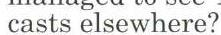
casts elsewhere?